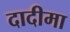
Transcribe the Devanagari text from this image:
दादीमा